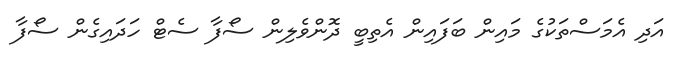
އަދި އެމަސްތަކުގެ މައިން ބަފައިން އެތިބީ ދޮންވެލިން ސޯފާ ސެޓް ހަދައިގެން ސޯފާ